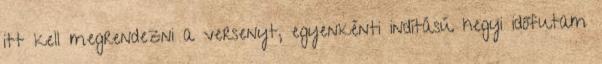
itt kell megrendezni a versenyt, egyenkénti indítású hegyi időfutam